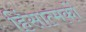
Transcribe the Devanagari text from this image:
हिंसात्मकों